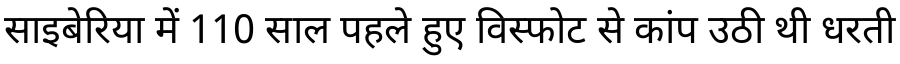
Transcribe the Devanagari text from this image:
साइबेरिया में 110 साल पहले हुए विस्फोट से कांप उठी थी धरती